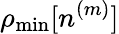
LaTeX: \rho_{\mathrm{min}}[n^{(m)}]